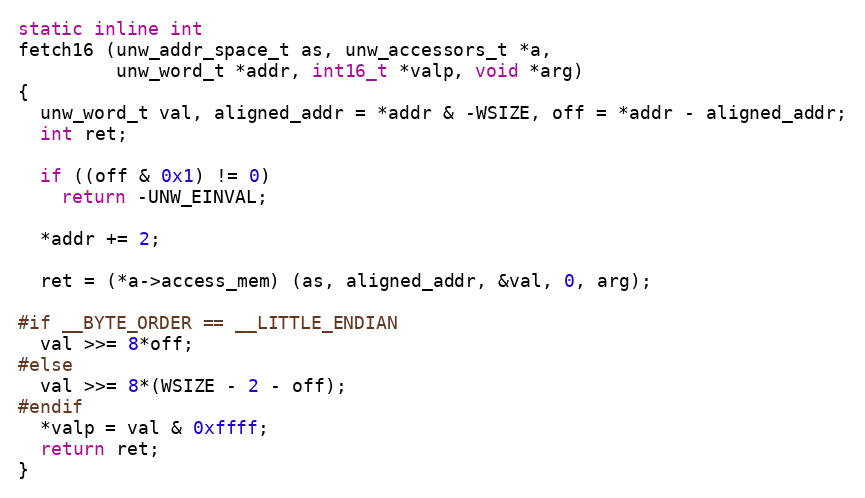
Language: C
static inline int
fetch16 (unw_addr_space_t as, unw_accessors_t *a,
         unw_word_t *addr, int16_t *valp, void *arg)
{
  unw_word_t val, aligned_addr = *addr & -WSIZE, off = *addr - aligned_addr;
  int ret;

  if ((off & 0x1) != 0)
    return -UNW_EINVAL;

  *addr += 2;

  ret = (*a->access_mem) (as, aligned_addr, &val, 0, arg);

#if __BYTE_ORDER == __LITTLE_ENDIAN
  val >>= 8*off;
#else
  val >>= 8*(WSIZE - 2 - off);
#endif
  *valp = val & 0xffff;
  return ret;
}